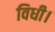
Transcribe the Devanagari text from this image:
विधी।